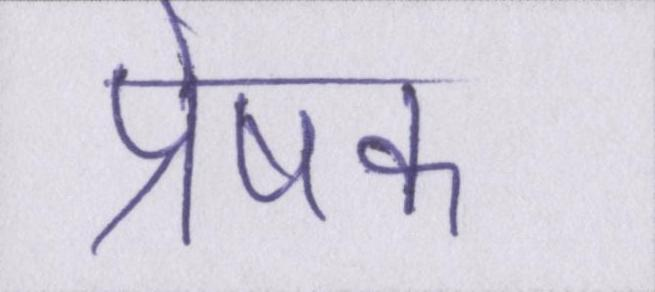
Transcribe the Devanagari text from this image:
प्रेषक